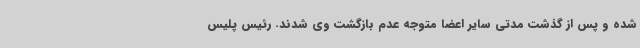
شده و پس از گذشت مدتی سایر اعضا متوجه عدم بازگشت وی شدند. رئیس پلیس